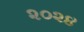
૨૦૨૪